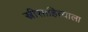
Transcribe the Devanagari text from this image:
स्त्रीसाहित्याला